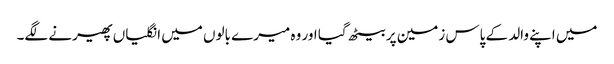
میں اپنے والد کے پاس زمین پر بیٹھ گیا اور وہ میرے بالوں میں انگلیاں پھیرنے لگے۔